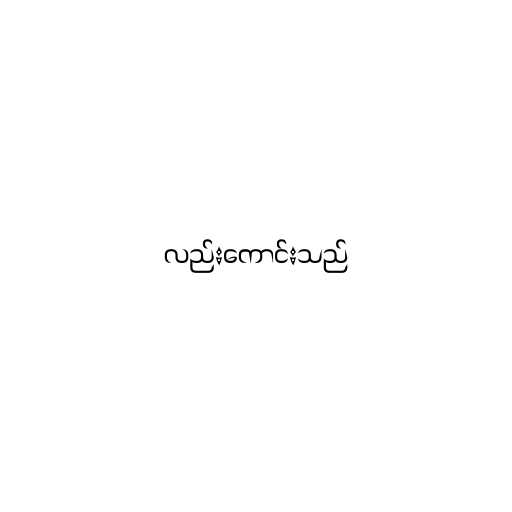
လည်းကောင်းသည်